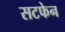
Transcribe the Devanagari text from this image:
सटफेन